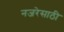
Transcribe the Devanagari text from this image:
नजरेसाठी